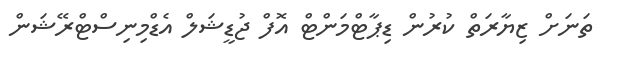
ތަނަށް ޒިޔާރަތް ކުރުން ޑިޕާޓްމަންޓް އޮފް ޖުޑީޝަލް އެޑްމިނިސްޓްރޭޝަން